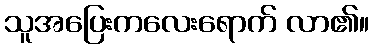
သူအပြေးကလေးရောက် လာ၏။